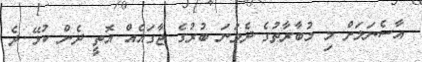
އާސެނަލަށް މި މުބާރާތުގެ ދެވަނަ ބުރުގެ ޖާގައެއް އޮތީ ދެން ކުޅޭ ދެ